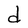
Character: d